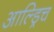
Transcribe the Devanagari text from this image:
आल्ड्रिच